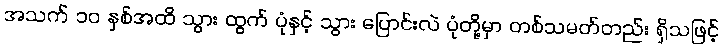
အသက် ၁၀ နှစ်အထိ သွား ထွက် ပုံနှင့် သွား ပြောင်းလဲ ပုံတို့မှာ တစ်သမတ်တည်း ရှိသဖြင့်